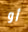
أو